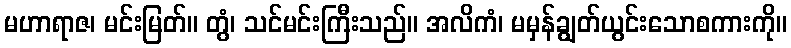
မဟာရာဇ၊ မင်းမြတ်။ တွံ၊ သင်မင်းကြီးသည်။ အလိကံ၊ မမှန်ချွတ်ယွင်းသောစကားကို။